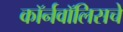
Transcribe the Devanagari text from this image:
कॉर्नवॉलिसचे